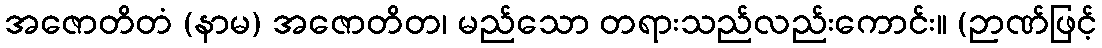
အဇောတိတံ (နာမ) အဇောတိတ၊ မည်သော တရားသည်လည်းကောင်း။ (ဉာဏ်ဖြင့်